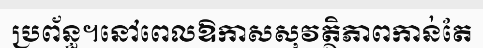
ប្រព័ន្ធ។នៅពេលឱកាសសុវត្ថិភាពកាន់តែ